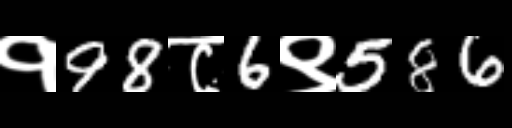
Text: १98८6९586